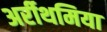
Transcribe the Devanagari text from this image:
अर्रीथमिया